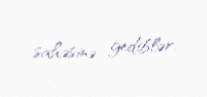
sahəsinə gediblər.